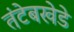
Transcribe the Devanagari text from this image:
तंटेबखेडे